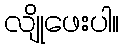
လျိုဖေးပါ။